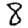
Digit: 8